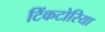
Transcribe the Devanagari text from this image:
टिंकटोरिया